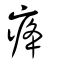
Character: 𤵸